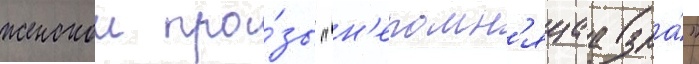
женскои про́зы "н'епомн'ящаа зла́"